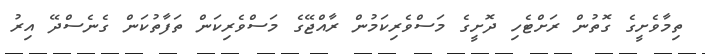
ތިމާވެށީގެ ގޮތުން ރަށްޓެހި ދޮށީގެ މަސްވެރިކަމުން ރާއްޖޭގެ މަސްވެރިކަން ތަފާތުކަން ގެނެސްދޭ އިރު